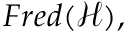
F r e d ( { \mathcal { H } } ) ,